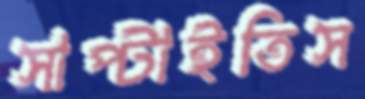
সাপ্‌টাইতিস